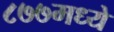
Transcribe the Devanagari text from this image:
८७७मध्ये